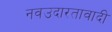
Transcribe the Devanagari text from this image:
नवउदारतावादी